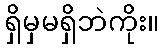
ရှိမှမရှိဘဲကိုး။